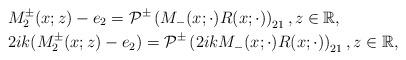
LaTeX: \begin{align*}&M^{\pm}_2(x ; z)-e_{2}=\mathcal{P}^{\pm}\left(M_{-}(x ; \cdot) R(x ; \cdot)\right)_{21} , z \in \mathbb{R},\\&2ik(M^{\pm}_2(x ; z)-e_{2})=\mathcal{P}^{\pm}\left(2ikM_-(x ; \cdot) R(x ; \cdot)\right)_{21} , z \in \mathbb{R},\end{align*}